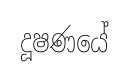
දූෂණයේ